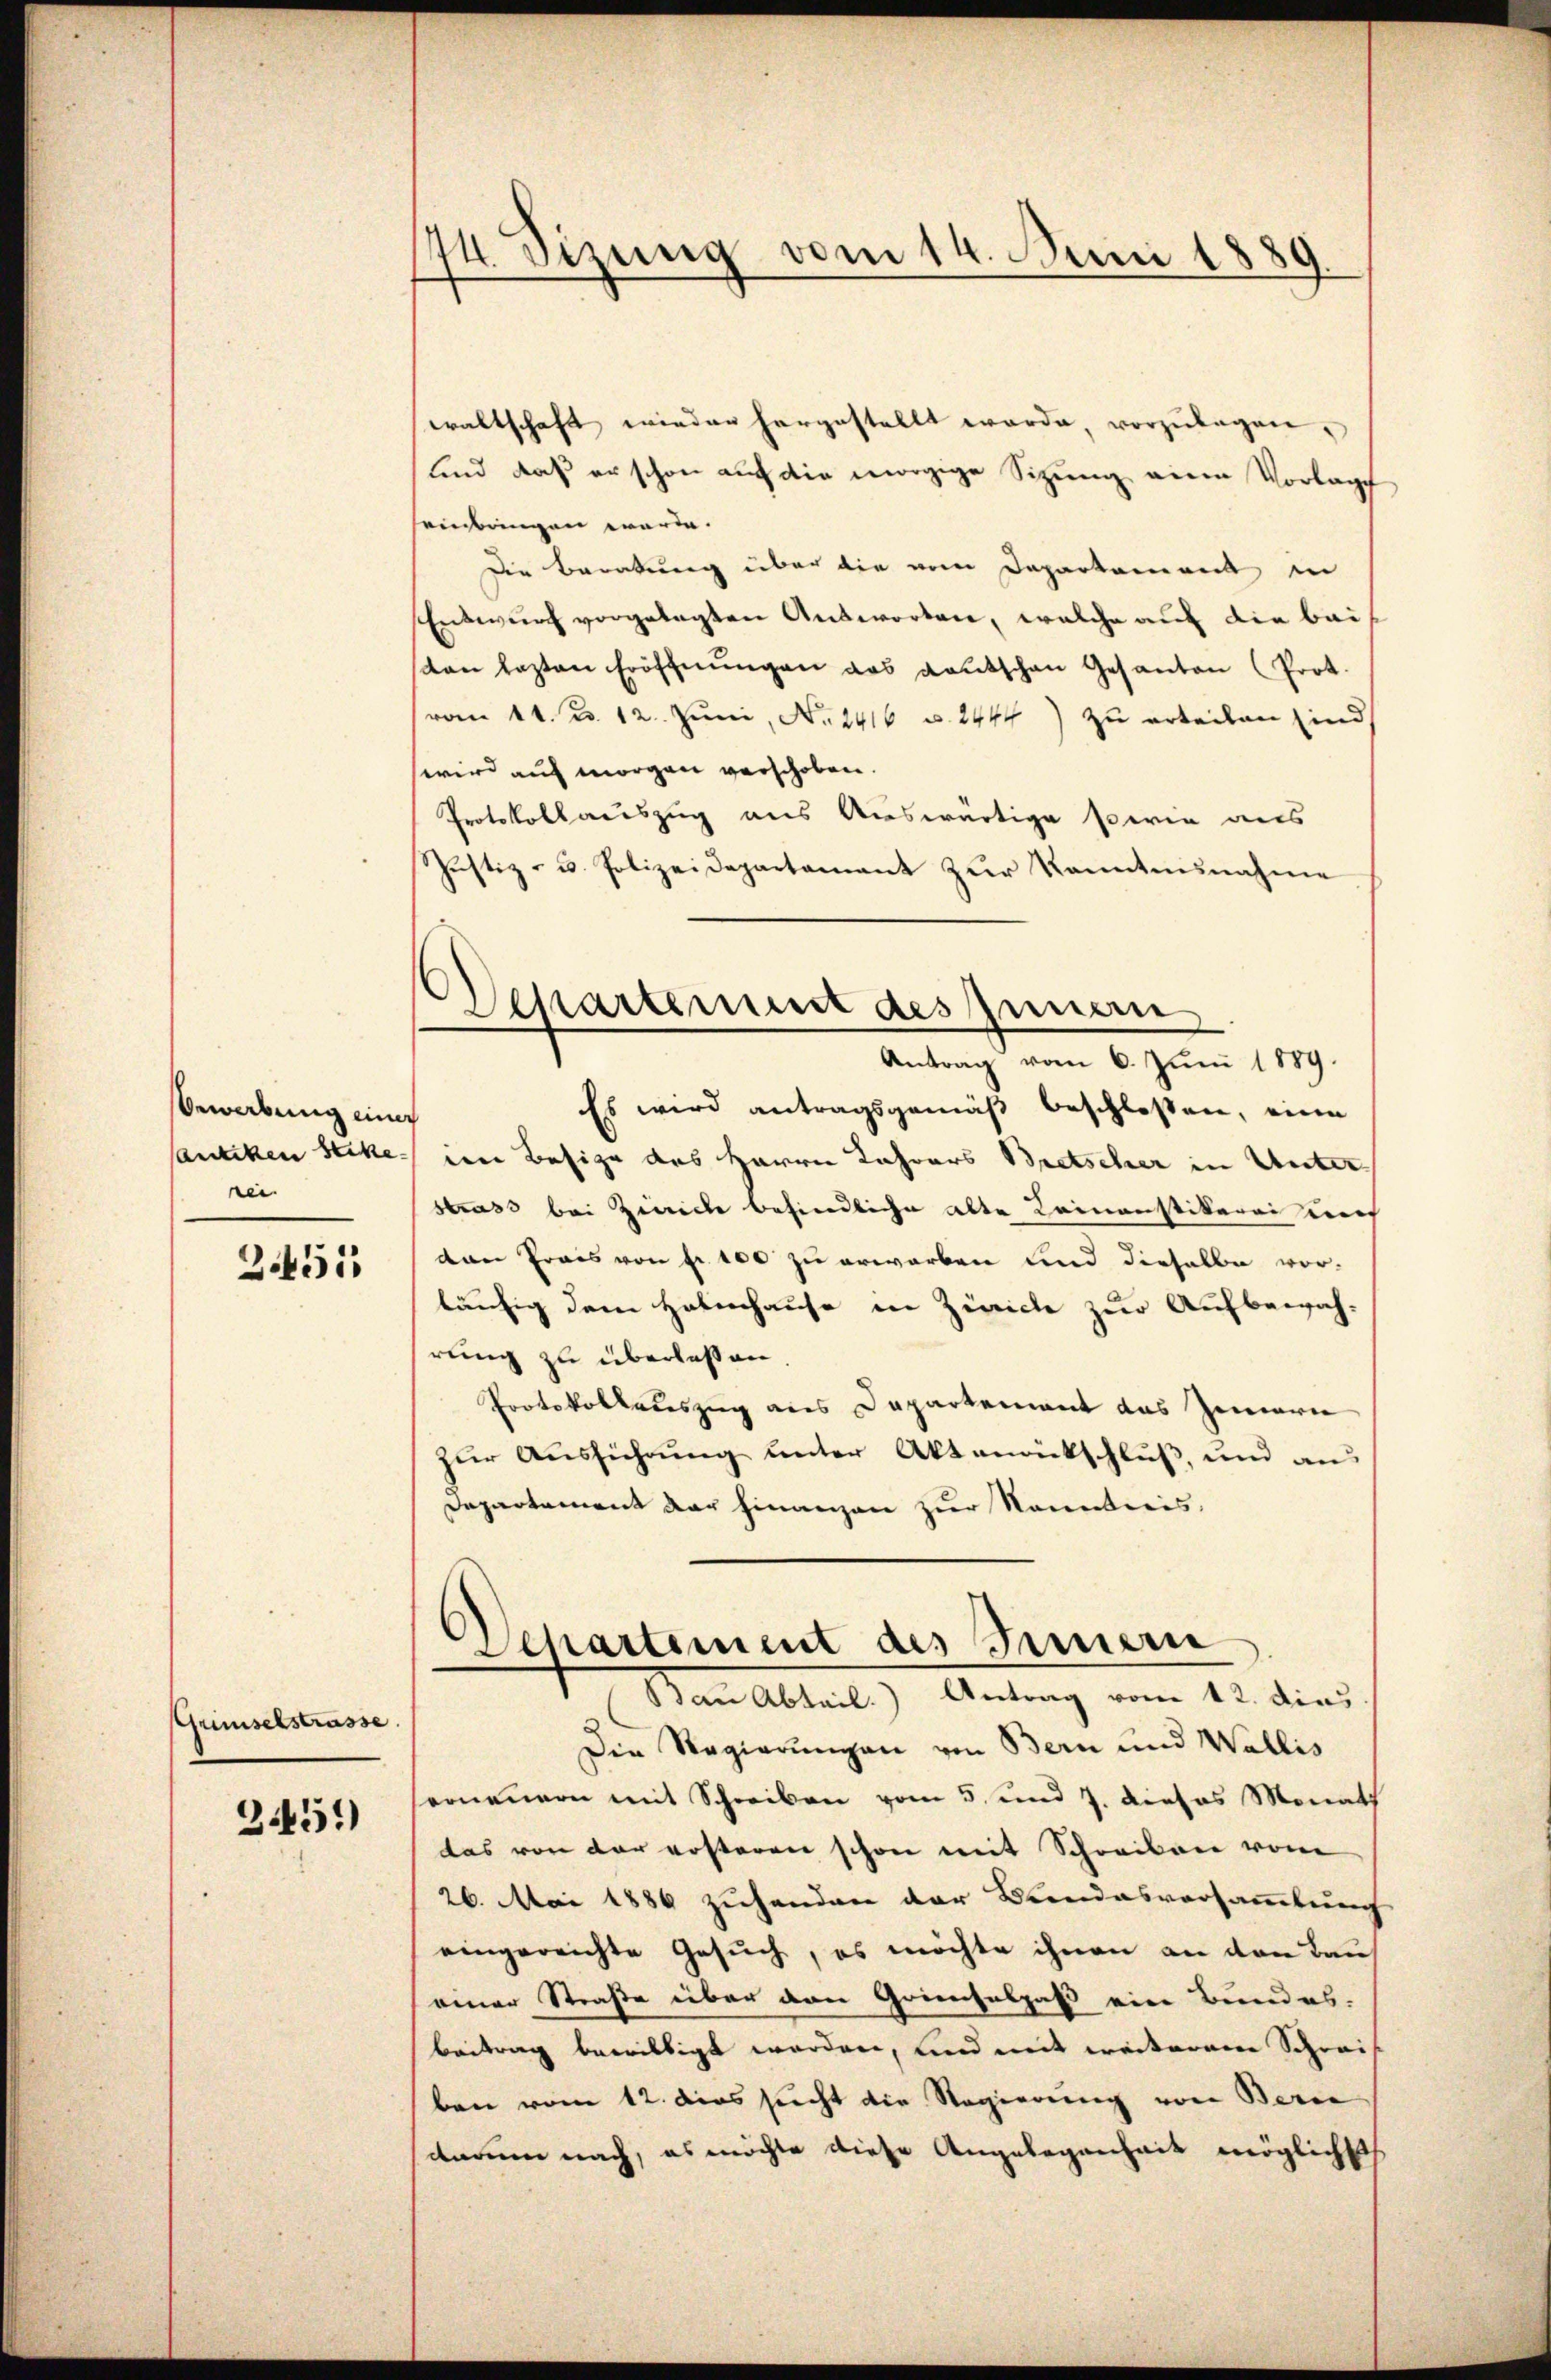
Bewerbung einer
antiken Steke
nie

2.451

Gründelstrasse.

3451)

14 Sizung vom 14. Juni 1889.

Departement des Zunan
Antrag vom 6. Juni 1889.

waltschaft wieder hergestellt werde vorzŭlegen,
sind daß er schon auf die morgige Sitzung eine Vorlag
einbringen werde.
Die Beratung über die vom Departement in
Entwurf vorgelegten Antworten, welche auf die baidon lezten Eröffnungen das Kautschen Gesanten (Prot.
(vom 14. d. 12. Juni, No 1416 u. 2444) zu erteilen sind
wird auf morgen verschoben.
Protokollauszug aus Auswärtige sowie aus
Justiz- u. Polizeidepartament zur kanntnisnahme
Es wird antragsgemäß beschlossen, eine
im Besize des Herrn Jahrers Bretscher in Unterstrass bei Zürich befindliche alte Keinaustikerei uns
dan Preis von fr. 100 zu erworben und dieselbe vor-
läufig dem Helmhause in Zürich zur Aufbewah-
rung zu überlassen.
Protokollauszug aus Departement das Innern
zur Ausführung unter Aktenrückschluß, und aus
Departement der Finanzen zur Kenntnis,
Departement des Innern
Bau Abteil. Antrag vom 12. dies
Die Regierungen von Bern und Wallis
ernennern mit Schreiben vom 5. und 7. dieses Monath
das von der ersteren schon mit Schreiben vom
26. Mai 1886 zuhanden der Bundesversammlung
eingereichte Gesuch, es möchte ihnen an den Baueiner Straße über den Grinselpaß eine Bundes-
Beitrag bewilligt worden, und mit weiterem Schreif
ben vom 12. dies sucht die Regierung von Berne
darum nach, es möchte diese Angelegenheit möglichst